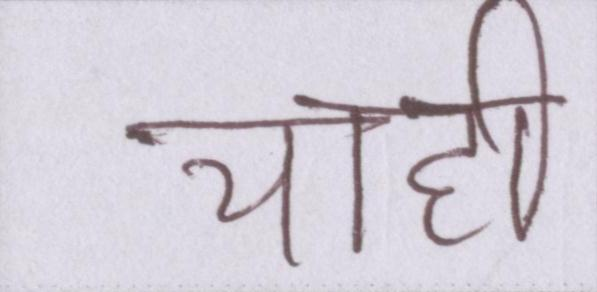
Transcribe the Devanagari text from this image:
चाही